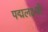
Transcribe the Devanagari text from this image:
पद्मलक्ष्मी